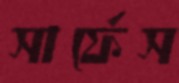
সার্ফেস